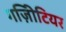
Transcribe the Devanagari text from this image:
गज़िीटियर